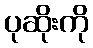
ပုဆိုးကို